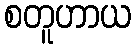
စတူဟာယ